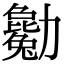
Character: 𠣄